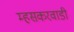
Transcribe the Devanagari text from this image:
म्हसकरवाडी